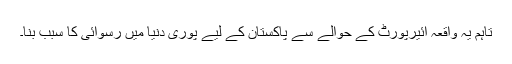
تاہم یہ واقعہ ائیرپورٹ کے حوالے سے پاکستان کے لیے پوری دنیا میں رسوائی کا سبب بنا۔